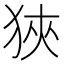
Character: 狹